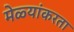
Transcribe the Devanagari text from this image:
मेळ्यांकरता